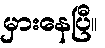
မှားနေပြီ။